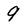
Character: 9